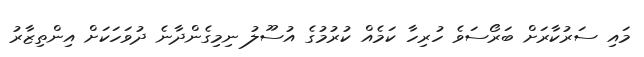
މައި ސަރުކާރަށް ބަރޯސަވެ ހުރިހާ ކަމެއް ކުރުމުގެ އުސޫލު ނިމިގެންދާނެ ދުވަހަކަށް އިންތިޒާރު